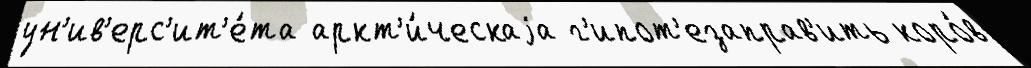
ун'ив'ерс'ит'е́та аркт'и́ческаjа г'ипот'езаправ'ить коро́в